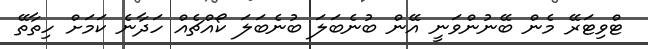
ޓްވިޓަރޭ މެން ބޭނުންވަނީ އޭން ބުނެބަލަ ބުނެބަލަ ކޯއްޗެއް ހަދާނެ ކަމަށް ހިތާތޭ